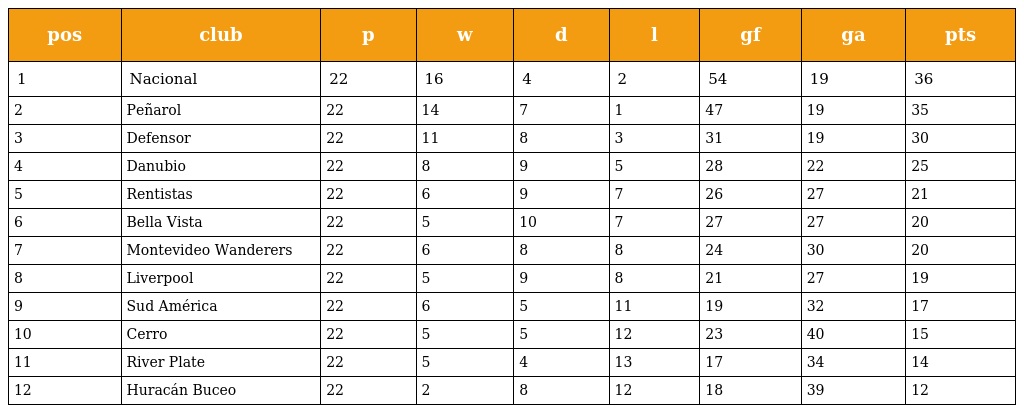
| pos | club | p | w | d | l | gf | ga | pts |
 | --- | --- | --- | --- | --- | --- | --- | --- | --- |
 | 1 | Nacional | 22 | 16 | 4 | 2 | 54 | 19 | 36 |
 | 2 | Peñarol | 22 | 14 | 7 | 1 | 47 | 19 | 35 |
 | 3 | Defensor | 22 | 11 | 8 | 3 | 31 | 19 | 30 |
 | 4 | Danubio | 22 | 8 | 9 | 5 | 28 | 22 | 25 |
 | 5 | Rentistas | 22 | 6 | 9 | 7 | 26 | 27 | 21 |
 | 6 | Bella Vista | 22 | 5 | 10 | 7 | 27 | 27 | 20 |
 | 7 | Montevideo Wanderers | 22 | 6 | 8 | 8 | 24 | 30 | 20 |
 | 8 | Liverpool | 22 | 5 | 9 | 8 | 21 | 27 | 19 |
 | 9 | Sud América | 22 | 6 | 5 | 11 | 19 | 32 | 17 |
 | 10 | Cerro | 22 | 5 | 5 | 12 | 23 | 40 | 15 |
 | 11 | River Plate | 22 | 5 | 4 | 13 | 17 | 34 | 14 |
 | 12 | Huracán Buceo | 22 | 2 | 8 | 12 | 18 | 39 | 12 |